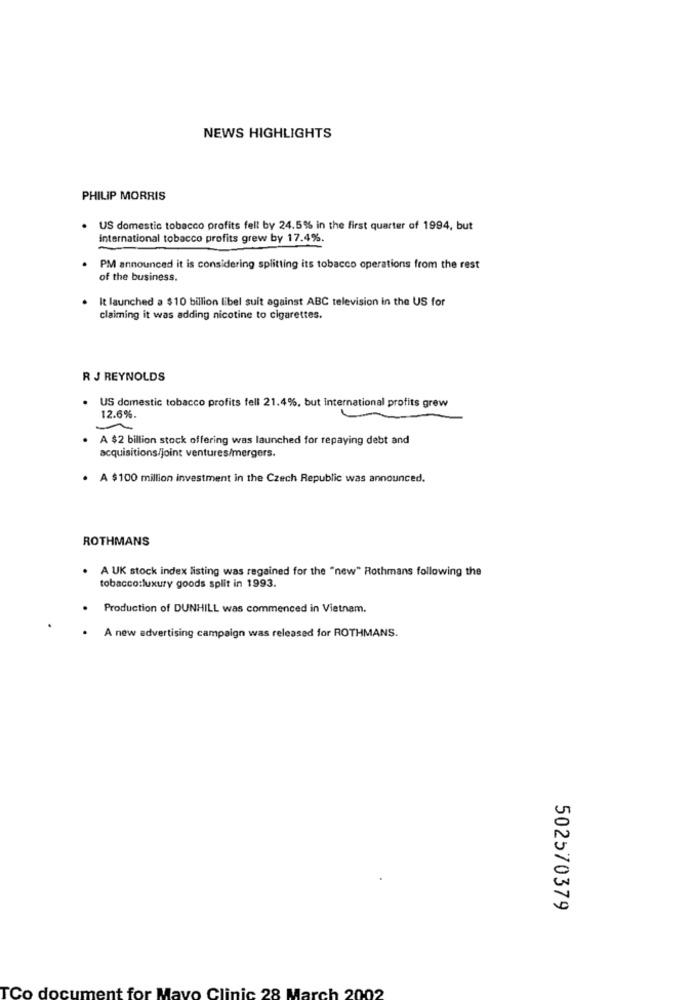
NEWS HIGHLIGHTS
PHILIP MORRIS
US domestic tobacco profits fell by 24.5% in the first quarter of 1994, but
international tobacco profits grew by 17.4%.
. PM announced it is considering splitting its tobacco operations from the rest
of the business.
It launched a $ 10 billion libel suit against ABC television in the US for
claiming it was adding nicotine to cigarettes.
R J REYNOLDS
. US domestic tobacco profits fell 21.4%, but International profits grew
12.6%.
A $2 billion stock offering was launched for repaying debt and
acquisitions/joint ventures/mergers.
. A $100 million investment in the Czech Republic was announced.
ROTHMANS
. A UK stock index listing was regained for the "new" Rothmans following the
tobacco:luxury goods split in 1993.
Production of DUNHILL was commenced in Vietnam.
A new advertising campaign was released for ROTHMANS.
502570379
ent for Mayo Clinic 28 March 2002
TCo docu